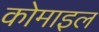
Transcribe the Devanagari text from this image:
कोमाइल